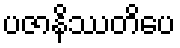
ပဇာနိဿတိပေ